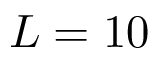
L = 1 0